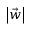
\left| \vec { w } \right|